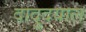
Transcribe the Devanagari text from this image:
दादुदयाल